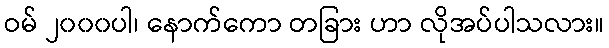
ဝမ် ၂၀၀၀ပါ၊ နောက်ကော တခြား ဟာ လိုအပ်ပါသလား။